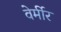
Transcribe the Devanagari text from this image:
वेर्मीर